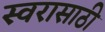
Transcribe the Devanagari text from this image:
स्वरासाठी